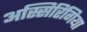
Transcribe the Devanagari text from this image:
अस्सिरिंगिया